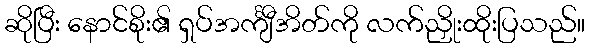
ဆိုပြီး နောင်စိုး၏ ရှပ်အင်္ကျီအိတ်ကို လက်ညှိုးထိုးပြသည်။